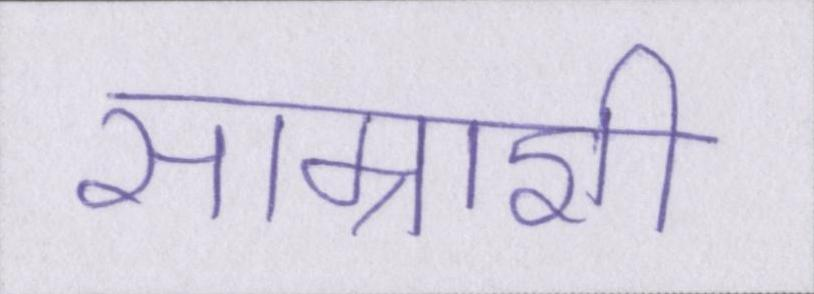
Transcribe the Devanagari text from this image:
साम्राज्ञी